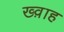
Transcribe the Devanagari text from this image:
ख्व़ाह